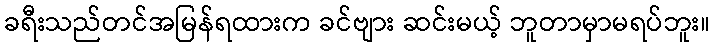
ခရီးသည်တင်အမြန်ရထားက ခင်ဗျား ဆင်းမယ့် ဘူတာမှာမရပ်ဘူး။